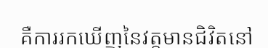
គឺការរកឃើញនៃវត្តមានជិវិតនៅ